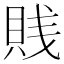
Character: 賎